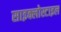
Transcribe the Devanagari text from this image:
साइक्लोस्टाइल